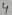
Text: 4